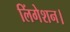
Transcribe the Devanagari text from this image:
लिंगेशन।